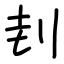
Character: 刲